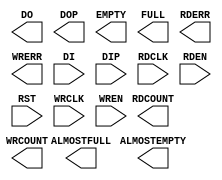
// $Header: /devl/xcs/repo/env/Databases/CAEInterfaces/verplex_libs/data/simprims/Attic/X_FIFO16.v,v 1.1.2.1 2004/09/28 20:47:45 wloo Exp $

`timescale 1 ps/1 ps

module X_FIFO16 (ALMOSTEMPTY, ALMOSTFULL, DO, DOP, EMPTY, FULL, RDCOUNT, RDERR, WRCOUNT, WRERR, DI, DIP, RDCLK, RDEN, RST, WRCLK, WREN
);

    output ALMOSTEMPTY;
    output ALMOSTFULL;
    output [31:0] DO;
    output [3:0] DOP;
    output EMPTY;
    output FULL;
    output [11:0] RDCOUNT;
    output RDERR;
    output [11:0] WRCOUNT;
    output WRERR;
    input [31:0] DI;
    input [3:0] DIP;
    input RDCLK;
    input RDEN;
    input RST;
    input WRCLK;
    input WREN;
    parameter ALMOST_FULL_OFFSET = 12'h080;
    parameter ALMOST_EMPTY_OFFSET = 12'h080;
    parameter DATA_WIDTH = 36;
    parameter FIRST_WORD_FALL_THROUGH = "FALSE";

endmodule